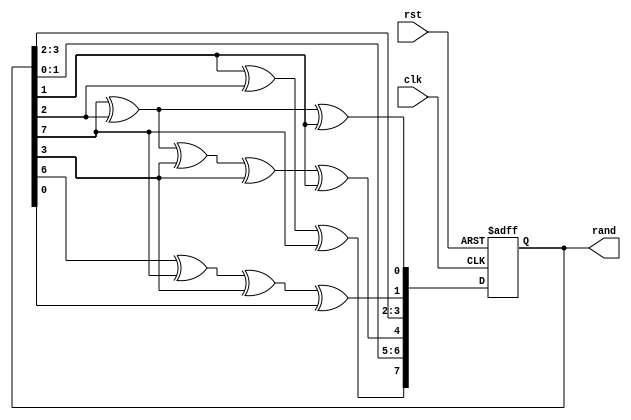
module lfsr3(clk, rst, rand);

input clk, rst;
output reg [7:0] rand;

always @(posedge clk or negedge rst)
begin
	if (rst == 1'b0)
		rand <= 8'd10111111;
	else
		rand <= {rand[1] ^ rand[2] ^ rand[7],                      
				  rand[1:0], 													   
				  (rand[7] ^ rand[2] ^ rand[3] ^ rand[3] ^ rand[1]), 
				  rand[3:2],													  
				  (rand[6] ^ rand[7] ^ rand[3] ^ rand[0]), 			  
				  (rand[7] ^ rand[2] ^ rand[1])};	
end
endmodule